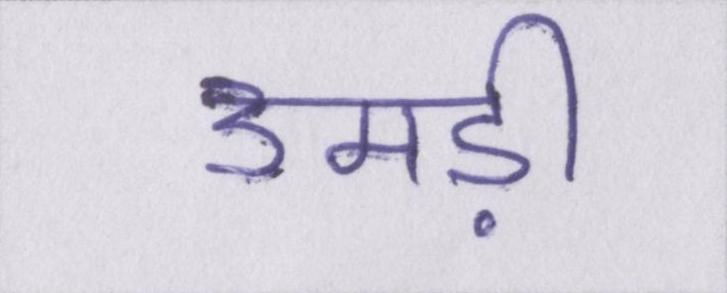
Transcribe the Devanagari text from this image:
उमड़ी